Indian journal of veterinary science and animal husbandry - Volumes 18-21, 1948-1951
Year: 1948
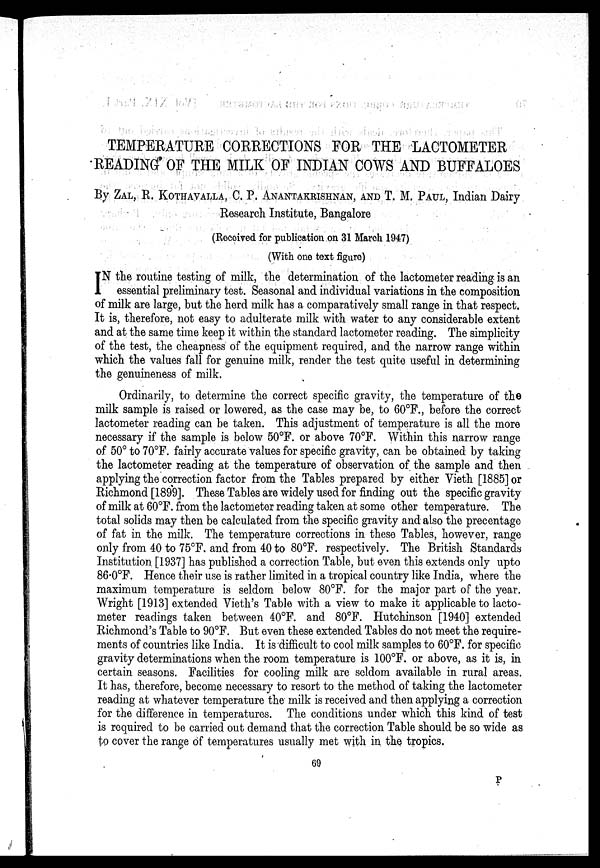
TEMPERATURE CORRECTIONS FOR THE LACTOMETER
READING OF THE MILK OF INDIAN COWS AND BUFFALOES
By ZAL, R. KOTHAVALLA, C. P. ANANTAKRISHNAN, AND T. M. PAUL, Indian Dairy
Research Institute, Bangalore
(Received for publication on 31 March 1947)
(With one text figure)
I N the routine testing of milk, the determination of the lactometer reading is an
essential preliminary test. Seasonal and individual variations in the composition
of milk are large, but the herd milk has a comparatively small range in that respect.
It is, therefore, not easy to adulterate milk with water to any considerable extent
and at the same time keep it within the standard lactometer reading. The simplicity
of the test, the cheapness of the equipment required, and the narrow range within
which the values fall for genuine milk, render the test quite useful in determining
the genuineness of milk.
Ordinarily, to determine the correct specific gravity, the temperature of the
milk sample is raised or lowered, as the case may be, to 60ºF., before the correct
lactometer reading can be taken. This adjustment of temperature is all the more
necessary if the sample is below 50ºF. or above 70°F. Within this narrow range
of 50° to 70°F. fairly accurate values for specific gravity, can be obtained by taking
the lactometer reading at the temperature of observation of the sample and then
applying the correction factor from the Tables prepared by either Vieth [1885] or
Richmond [1899]. These Tables are widely used for finding out the specific gravity
of milk at 60°F. from the lactometer reading taken at some other temperature. The
total solids may then be calculated from the specific gravity and also the precentage
of fat in the milk. The temperature corrections in these Tables, however, range
only from 40 to 75°F. and from 40 to 80°F. respectively. The British Standards
Institution [1937] has published a correction Table, but even this extends only upto
86.0ºF. Hence their use is rather limited in a tropical country like India, where the
maximum temperature is seldom below 80°F. for the major part of the year.
Wright [1913] extended Vieth's Table with a view to make it applicable to lacto-
meter readings taken between 40ºF. and 80ºF. Hutchinson [1940] extended
Richmond's Table to 90°F. But even these extended Tables do not meet the require-
ments of countries like India. It is difficult to cool milk samples to 60°F. for specific
gravity determinations when the room temperature is 100°F. or above, as it is, in
certain seasons. Facilities for cooling milk are seldom available in rural areas.
It has, therefore, become necessary to resort to the method of taking the lactometer
reading at whatever temperature the milk is received and then applying a correction
for the difference in temperatures. The conditions under which this kind of test
is required to be carried out demand that the correction Table should be so wide as
to cover the range of temperatures usually met with in the tropics.
69
P